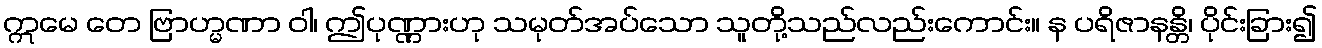
ဣမေ တေ ဗြာဟ္မဏာ ဝါ၊ ဤပုဏ္ဏားဟု သမုတ်အပ်သော သူတို့သည်လည်းကောင်း။ န ပရိဇာနန္တိ၊ ပိုင်းခြား၍